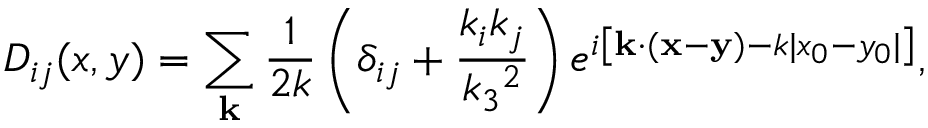
D _ { i j } ( x , y ) = \sum _ { \bf k } \frac { 1 } { 2 k } \left( \delta _ { i j } + \frac { k _ { i } k _ { j } } { k _ { 3 } { } ^ { 2 } } \right) e ^ { i \left[ { \bf k \cdot ( x - y ) } - k | x _ { 0 } - y _ { 0 } | \right] } ,